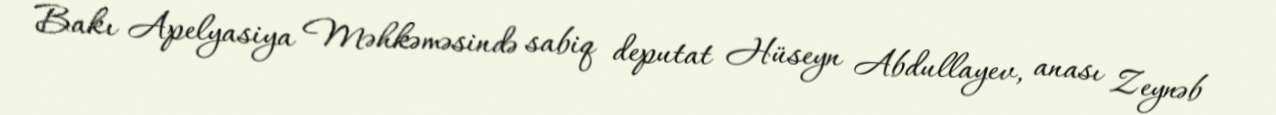
Bakı Apelyasiya Məhkəməsində sabiq deputat Hüseyn Abdullayev, anası Zeynəb